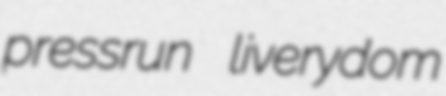
pressrun liverydom